Leaving Certificate Examination (including Day School Certificate (Higher) General paper), 1928
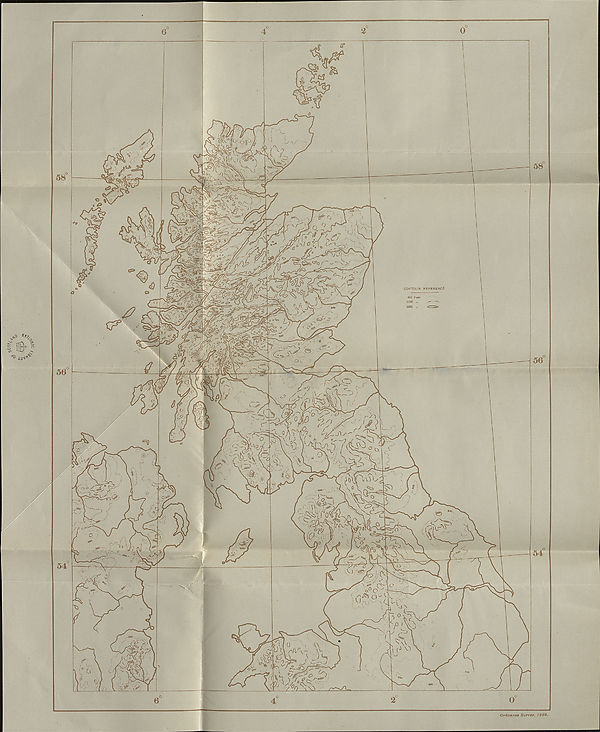
Ordnance Survey. 1928-
CONTOUR REFERENCE